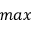
m a x